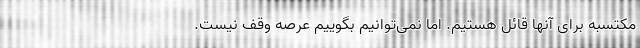
مکتسبه برای آنها قائل هستیم. اما نمی‌توانیم بگوییم عرصه وقف نیست.